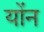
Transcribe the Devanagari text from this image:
योंन